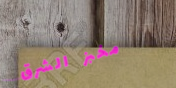
مخبز الشرق